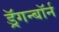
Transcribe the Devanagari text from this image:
ड्रॅगन्बॉर्न